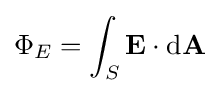
\Phi _{E}=\int _{S}\mathbf {E} \cdot \mathrm {d} \mathbf {A} \,\!